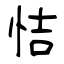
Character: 恄